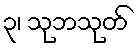
၃၊ သုဘသုတ်